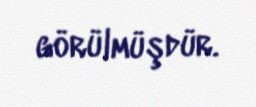
görülmüşdür.